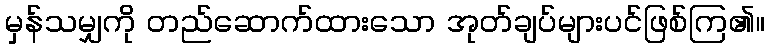
မှန်သမျှကို တည်ဆောက်ထားသော အုတ်ချပ်များပင်ဖြစ်ကြ၏။